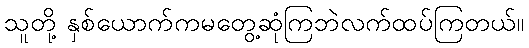
သူတို့ နှစ်ယောက်ကမတွေ့ဆုံကြဘဲလက်ထပ်ကြတယ်။